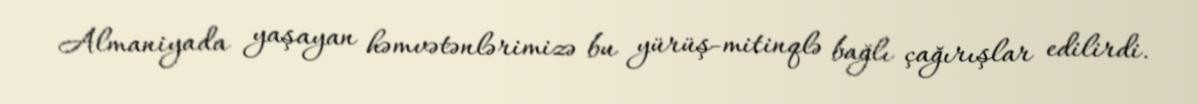
Almaniyada yaşayan həmvətənlərimizə bu yürüş-mitinqlə bağlı çağırışlar edilirdi.